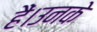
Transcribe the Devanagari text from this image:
हैं।उनके